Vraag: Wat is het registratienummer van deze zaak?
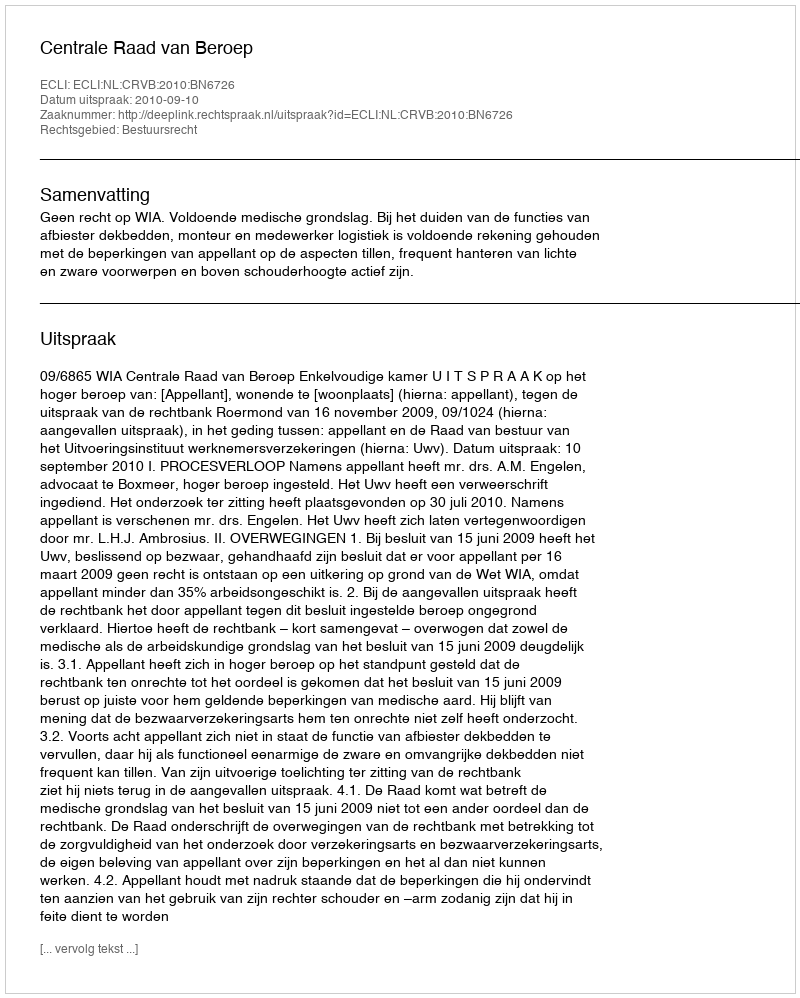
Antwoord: http://deeplink.rechtspraak.nl/uitspraak?id=ECLI:NL:CRVB:2010:BN6726